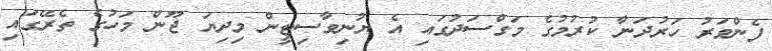
ފެންވަރު ހަރުދަނާ ކުރުމުގެ މަގްސަދުގައި އެ ޔުނިވާސިޓީން މިދިޔަ ޖޫން މަހުގެ ތެރޭގައި